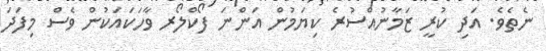
ނެތެވެ. އަދި ކުރީ ޒަމާނުއްސުރެ ކިޔަމުން އަންނަ ފޯކްލޯރ ވާހަކައަކުން ވެސް މިފަދަ